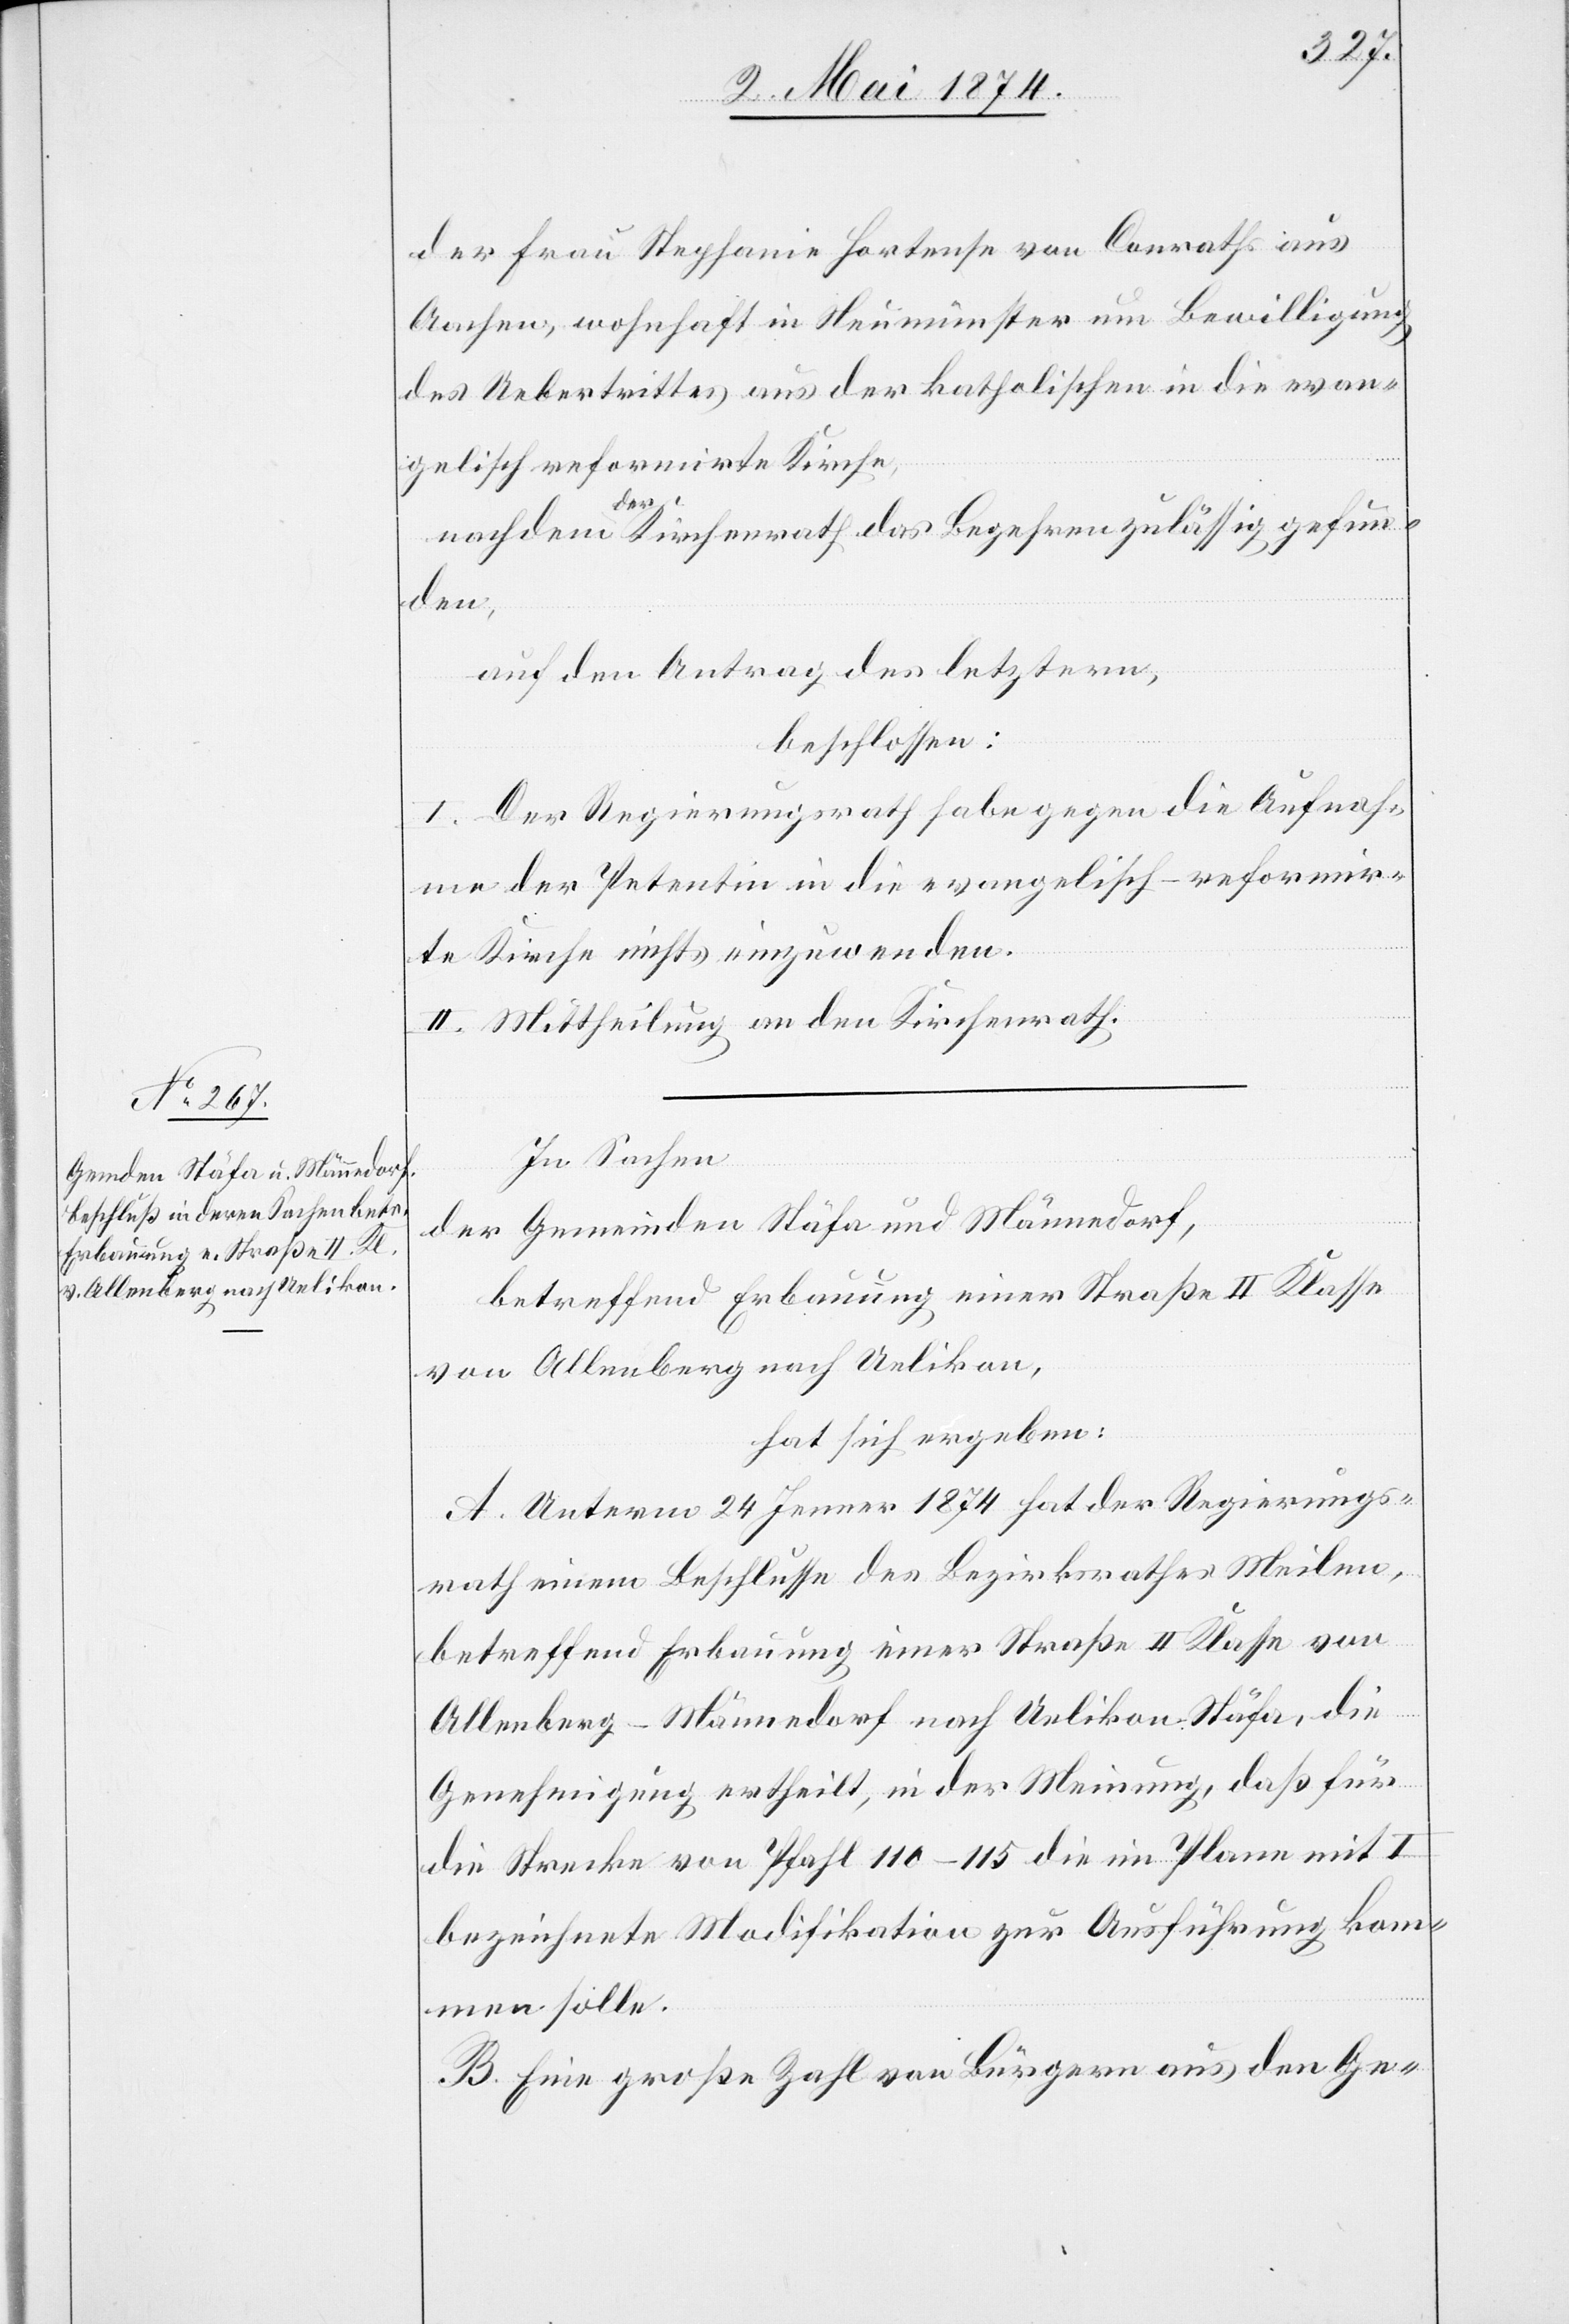
der Frau Stepfanie Hortense von Conraths aus
Aachen, wohnhaft in Neumünster um Bewilligung
des Uebertrittes aus der katholischen in die evan¬
gelisch-reformirte Kirche,
nachdem der Kirchenrath das Begehren zulässig gefun¬
den,
auf den Antrag des letztern,
beschlossen:
I. Der Regierungsrath habe gegen die Aufnah¬
me der Petentin in die evangelisch-reformir¬
te Kirche nichts einzuwenden.
II. Mittheilung an den Kirchenrath.
In Sachen
der Gemeinden Stäfa und Männedorf,
betreffend Erbauung einer Straße II. Klasse
von Allenberg nach Uelikon,
hat sich ergeben:
A. Unterm 24. Jenner 1874 hat der Regierungs¬
rath einem Beschlusse des Bezirksrathes Meilen,
betreffend Erbauung einer Straße II. Klasse von
Allenberg-Männedorf nach Uelikon-Stäfa, die
Genehmigung ertheilt, in der Meinung, daß für
die Strecke von Pfahl 110–115 die im Plane mit I
bezeichnete Modifikation zur Ausführung kom¬
men solle.
B. Eine große Zahl von Bürgern aus den Ge-